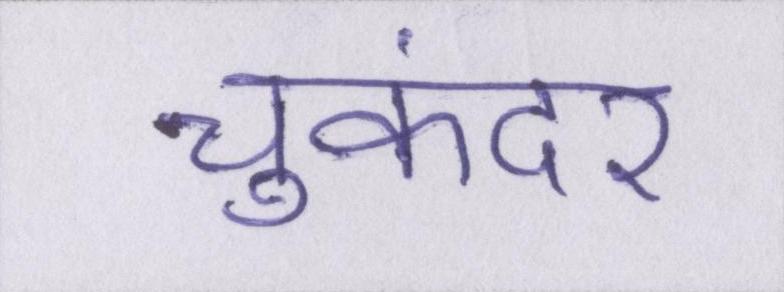
चुकंदर